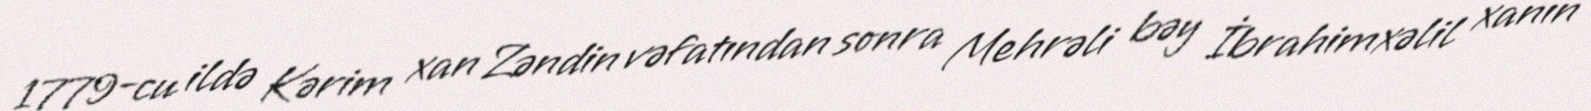
1779-cu ildə Kərim xan Zəndin vəfatından sonra Mehrəli bəy İbrahimxəlil xanın